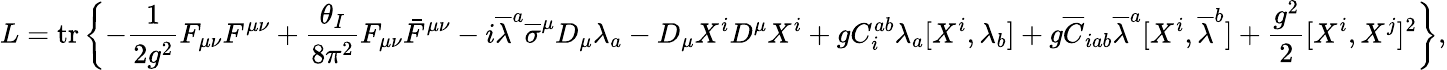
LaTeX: L=\operatorname{tr}\left\{ -{\frac{1}{2g^{2}}}F_{\mu\nu}F^{\mu\nu}+{\frac{\theta_{I}}{8\pi^{2}}}F_{\mu\nu}{\bar{F}}^{\mu\nu}-i{\overline{{\lambda}}}^{a}{\overline{{\sigma}}}^{\mu}D_{\mu}\lambda_{a}-D_{\mu}X^{i}D^{\mu}X^{i}+gC_{i}^{ab}\lambda_{a}[X^{i},\lambda_{b}]+g{\overline{{C}}}_{iab}{\overline{{\lambda}}}^{a}[X^{i},{\overline{{\lambda}}}^{b}]+{\frac{g^{2}}{2}}[X^{i},X^{j}]^{2}\right\} ,